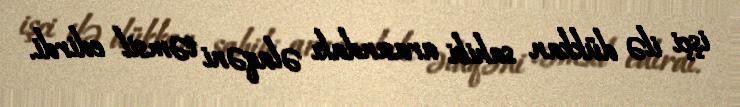
işçi ilə dükkan sahibi arasındakı əlaqəni təmsil edirdi.